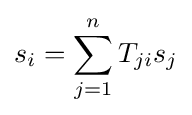
s_{i}=\sum _{j=1}^{n}T_{ji}s_{j}